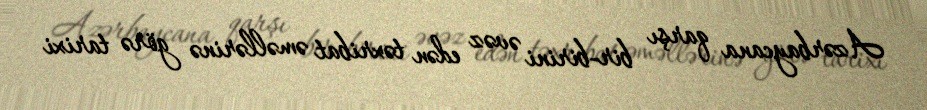
Azərbaycana qarşı bir-birini əvəz edən təxribat əməllərinə görə tarixi